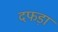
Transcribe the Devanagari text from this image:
दफड़ा